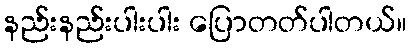
နည်းနည်းပါးပါး ပြောတတ်ပါတယ်။